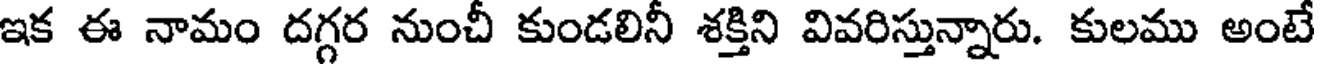
ఇక ఈ నామం దగ్గర నుంచీ కుండలినీ శక్తిని వివరిస్తున్నారు. కులము అంటే